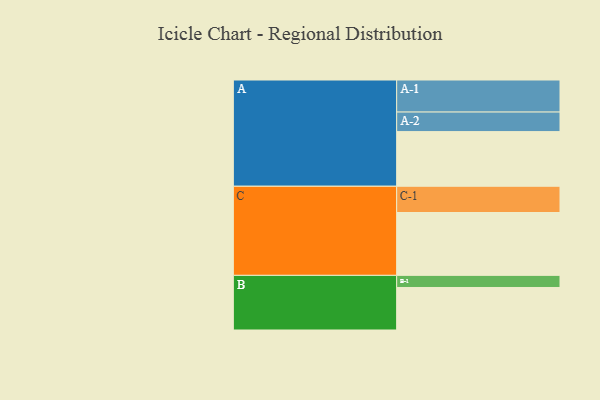
{"axis": {"x": "Segment", "y": "Value"}, "legend": ["", "A", "B", "C"], "data": [{"x": "A", "y": 491, "type": ""}, {"x": "B", "y": 382, "type": ""}, {"x": "C", "y": 565, "type": ""}, {"x": "A-1", "y": 288, "type": "A"}, {"x": "A-2", "y": 176, "type": "A"}, {"x": "B-1", "y": 109, "type": "B"}, {"x": "C-1", "y": 236, "type": "C"}]}